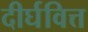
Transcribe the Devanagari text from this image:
दीर्घवित्त